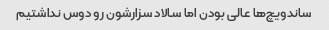
ساندویچ‌ها عالی بودن اما سالاد سزارشون رو دوس نداشتیم